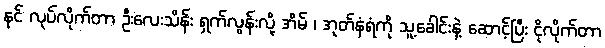
နင် လုပ်လိုက်တာ ဦးလေးသိန်း ရှက်လွန်းလို့ အိမ် ၊ အုတ်နံရံကို သူ့ခေါင်းနဲ့ ဆောင့်ပြီး ငိုလိုက်တာ